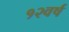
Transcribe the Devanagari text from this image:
१२वर्ष